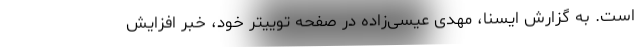
است. به گزارش ایسنا، مهدی عیسی‌زاده در صفحه توییتر خود، خبر افزایش